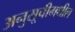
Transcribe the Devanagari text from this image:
अनुसूचीमधील